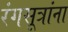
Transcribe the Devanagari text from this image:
रंगसूत्रांना